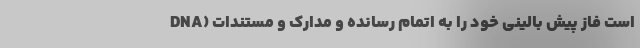
DNA) است فاز پیش بالینی خود را به اتمام رسانده و مدارک و مستندات